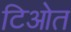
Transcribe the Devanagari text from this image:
टिओत